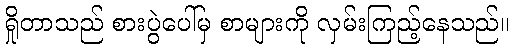
ရှိုတာသည် စားပွဲပေါ်မှ စာများကို လှမ်းကြည့်နေသည်။